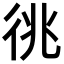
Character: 𢓝